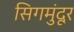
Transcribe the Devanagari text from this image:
सिगमुंदूर